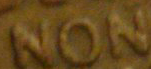
NON